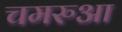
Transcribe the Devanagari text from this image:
चमरुआ